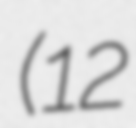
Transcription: (12